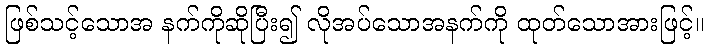
ဖြစ်သင့်သောအ နက်ကိုဆိုပြီး၍ လိုအပ်သောအနက်ကို ထုတ်သောအားဖြင့်။